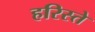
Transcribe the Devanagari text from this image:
हरिस्ते